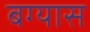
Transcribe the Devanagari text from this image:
बग्यास